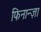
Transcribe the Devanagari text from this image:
फिनान्ज़ा